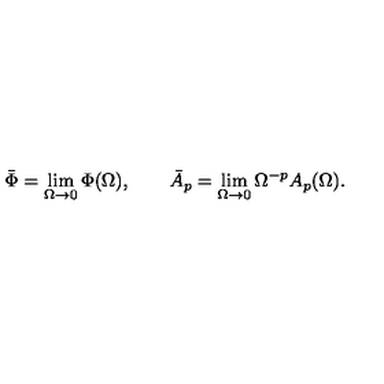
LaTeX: \bar { \Phi } = \lim _ { \Omega \to 0 } \Phi ( \Omega ) , \qquad \bar { A } _ { p } = \lim _ { \Omega \to 0 } \Omega ^ { - p } A _ { p } ( \Omega ) .